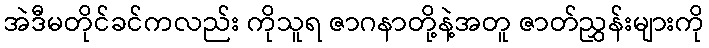
အဲဒီမတိုင်ခင်ကလည်း ကိုသူရ ဇာဂနာတို့နဲ့အတူ ဇာတ်ညွှန်းများကို